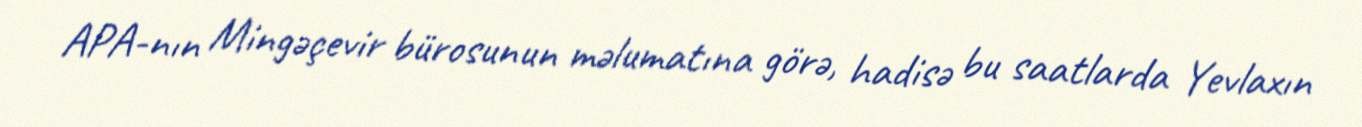
APA-nın Mingəçevir bürosunun məlumatına görə, hadisə bu saatlarda Yevlaxın